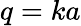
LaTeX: q=ka